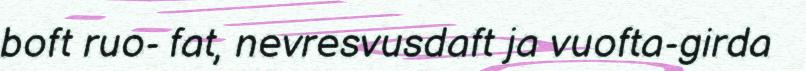
boft ruo- fat, nevresvusdaft ja vuofta-girda